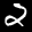
Label: 2